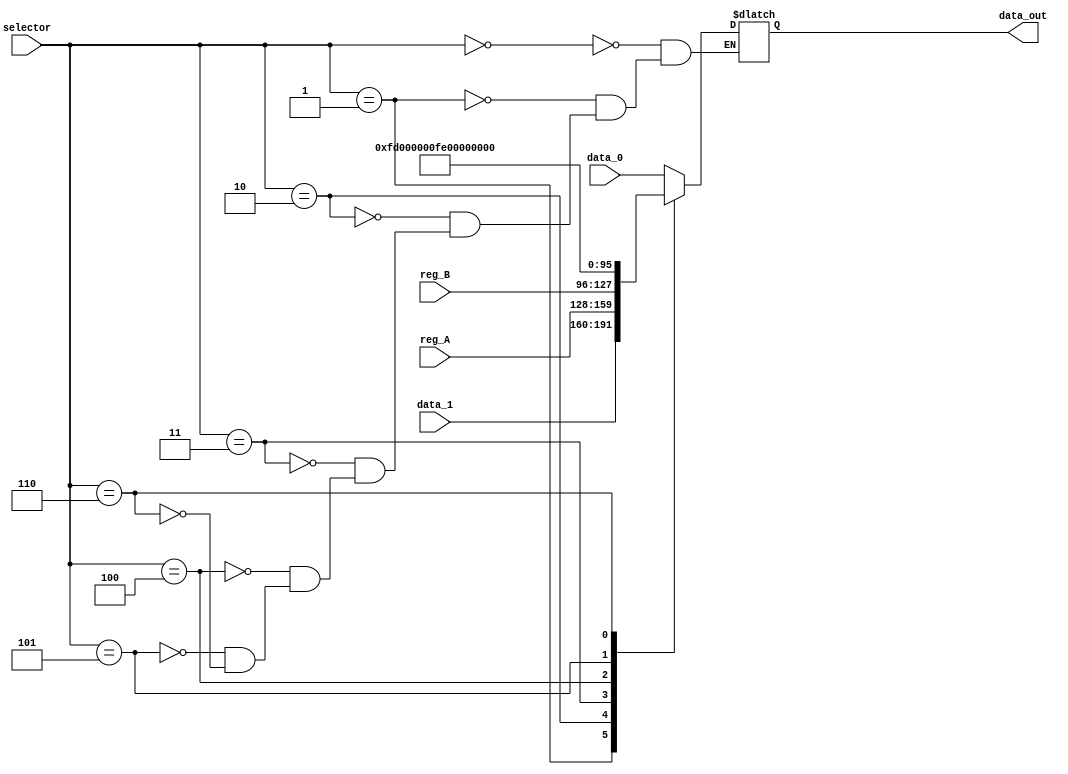
/*
    MUX_MEM seleciona a sada entre:
    - PC
    - ALUout
    - Reg A
    - Reg B
    - 253
    - 254
    - 255

*/

module mux_Mem(
    input wire [2:0] selector,
    input wire [31:0] data_0,
    input wire [31:0] data_1,
    input wire [31:0] reg_A,
    input wire [31:0] reg_B,
    output reg [31:0] data_out
);


    always @(*) begin
        case(selector)
            3'b000 : data_out = data_0;
            3'b001 : data_out = data_1;
            3'b010 : data_out = reg_A;
            3'b011 : data_out = reg_B;
            3'b100 : data_out = 32'd253;
            3'b101 : data_out = 32'd254;
            3'b110 : data_out = 32'd255;
        endcase 
    end
    
    
endmodule